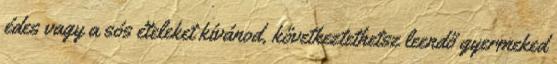
édes vagy a sós ételeket kívánod, következtethetsz leendő gyermeked